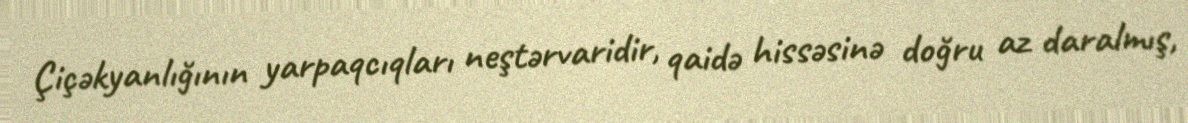
Çiçəkyanlığının yarpaqcıqları neştərvaridir, qaidə hissəsinə doğru az daralmış,